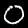
Digit: 0